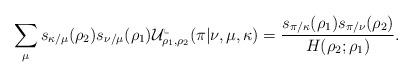
LaTeX: \begin{align*}\sum_{\mu} s_{\kappa/\mu}(\rho_2) s_{\nu/\mu}(\rho_1)\mathcal{U}^{\llcorner}_{\rho_1, \rho_2}(\pi \vert \nu, \mu, \kappa) = \frac{s_{\pi/\kappa}(\rho_1)s_{\pi/\nu}(\rho_2)}{H(\rho_2 ; \rho_1)}.\end{align*}